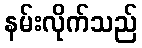
နမ်းလိုက်သည်